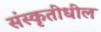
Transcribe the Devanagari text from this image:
संस्कृतीधील